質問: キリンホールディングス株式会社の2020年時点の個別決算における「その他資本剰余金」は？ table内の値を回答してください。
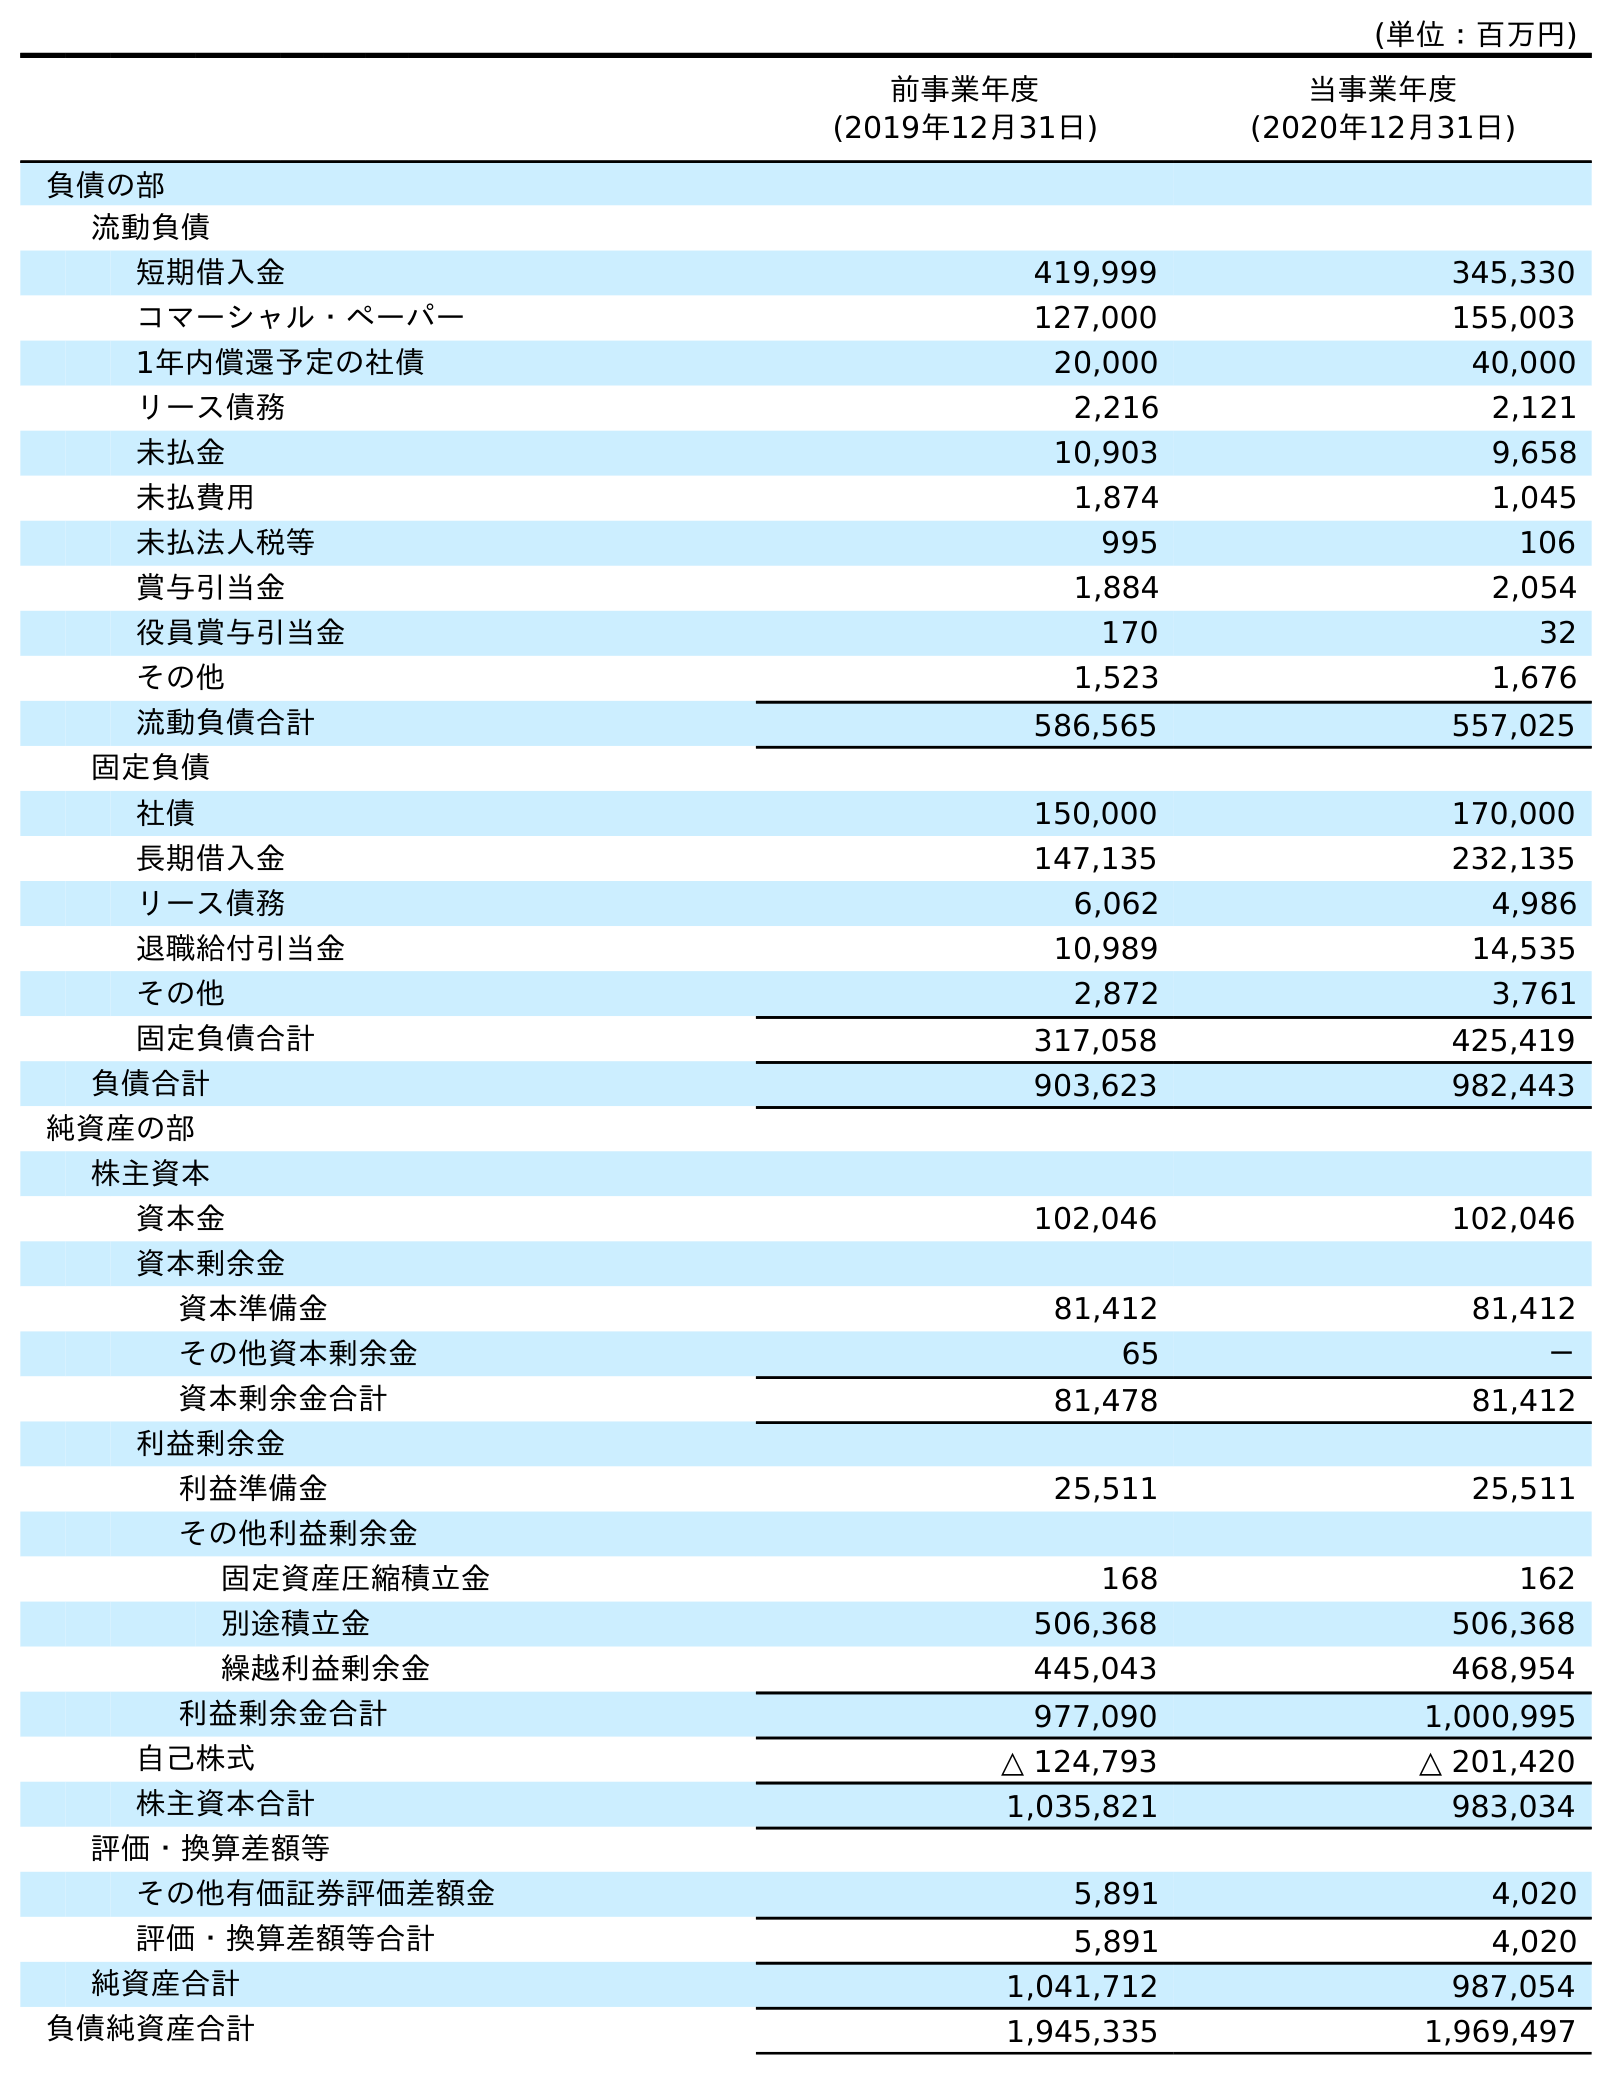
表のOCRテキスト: (単位：百万円) 前事業年度 (2019年12月31日) 当事業年度 (2020年12月31日) 負債の部 流動負債 短期借入金 419,999 345,330 コマーシャル・ペーパー 127,000 155,003 1年内償還予定の社債 20,000 40,000 リース債務 2,216 2,121 未払金 10,903 9,658 未払費用 1,874 1,045 未払法人税等 995 106 賞与引当金 1,884 2,054 役員賞与引当金 170 32 その他 1,523 1,676 流動負債合計 586,565 557,025 固定負債 社債 150,000 170,000 長期借入金 147,135 232,135 リース債務 6,062 4,986 退職給付引当金 10,989 14,535 その他 2,872 3,761 固定負債合計 317,058 425,419 負債合計 903,623 982,443 純資産の部 株主資本 資本金 102,046 102,046 資本剰余金 資本準備金 81,412 81,412 その他資本剰余金 65 － 資本剰余金合計 81,478 81,412 利益剰余金 利益準備金 25,511 25,511 その他利益剰余金 固定資産圧縮積立金 168 162 別途積立金 506,368 506,368 繰越利益剰余金 445,043 468,954 利益剰余金合計 977,090 1,000,995 自己株式 △ 124,793 △ 201,420 株主資本合計 1,035,821 983,034 評価・換算差額等 その他有価証券評価差額金 5,891 4,020 評価・換算差額等合計 5,891 4,020 純資産合計 1,041,712 987,054 負債純資産合計 1,945,335 1,969,497
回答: －